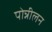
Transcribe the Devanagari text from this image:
पोन्नीलन